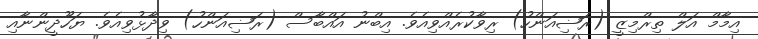
އިމާމް އަލް ތިރްމިޒީ (ރަޟިއަންހު) ރިވާކުރެއްވިއެވެ. އިބްނު އައްބާސް (ރަޟިއަންހު) ވިދާޅުވިއެވެ. ޔަހޫދީންނާއި